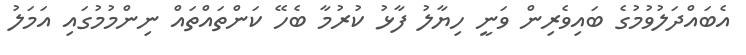
އެބައްދަލުވުމުގެ ބައިވެރިން ވަނީ ހިޔާލު ފާޅު ކުރުމާ ބެހޭ ކަންތައްތައް ނިންމުމުގައި އަމަލު